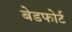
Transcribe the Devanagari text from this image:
बेडफोर्ट